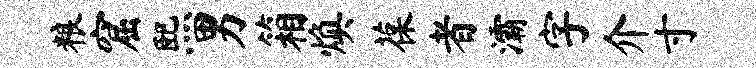
粮窟熙男箱焕葆者灞字介寸